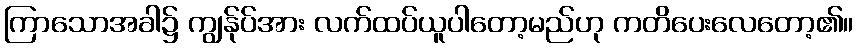
ကြာသောအခါ၌ ကျွန်ုပ်အား လက်ထပ်ယူပါတော့မည်ဟု ကတိပေးလေတော့၏။